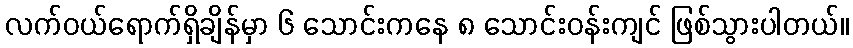
လက်ဝယ်ရောက်ရှိချိန်မှာ ၆ သောင်းကနေ ၈ သောင်းဝန်းကျင် ဖြစ်သွားပါတယ်။